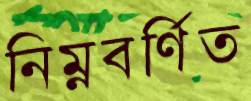
নিম্নবর্ণিত